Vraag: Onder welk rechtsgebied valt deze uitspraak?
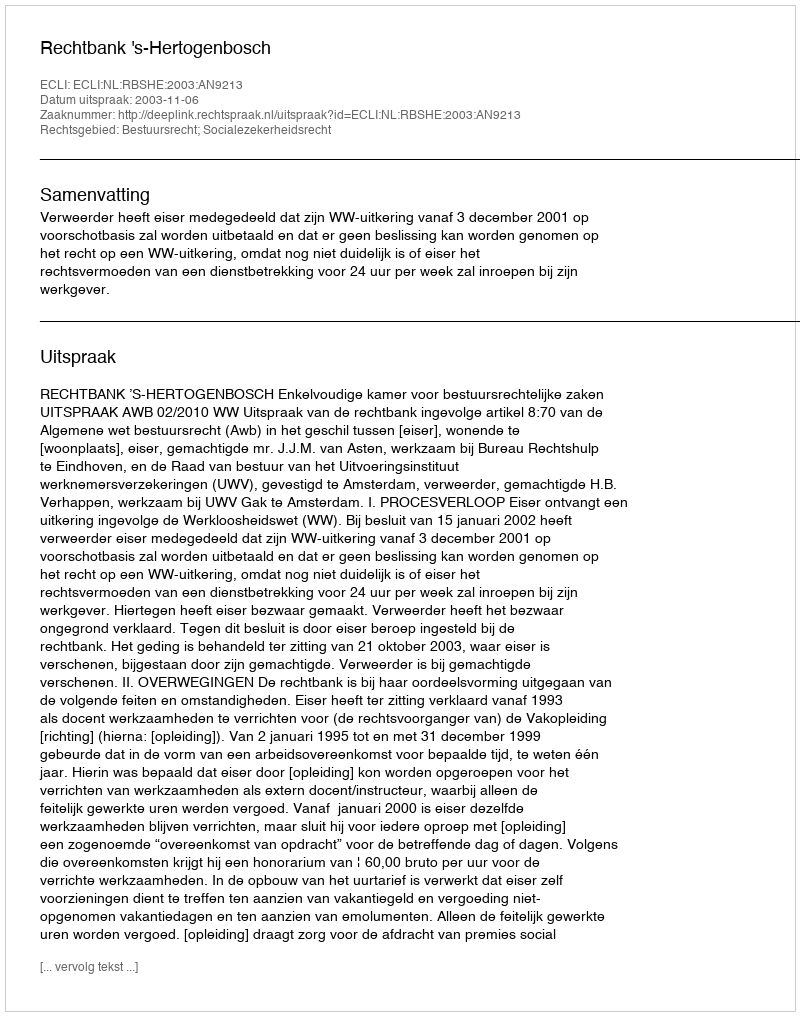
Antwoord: Bestuursrecht; Socialezekerheidsrecht